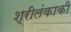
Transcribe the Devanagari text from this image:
श्रीलंकाकी